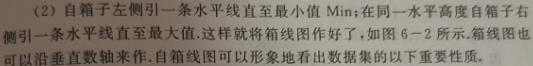
(2) 自箱子左侧引一条水平线直至最小值 $\text{Min}$; 在同一水平高度自箱子右侧引一条水平线直至最大值 $\text{Max}$. 这样就将箱线图作出好了, 如图 6-2 所示. 箱线图也可以沿垂直轴线来作, 这时箱线图就看作数据的以下表示形式.